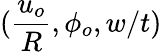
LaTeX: (\frac{u_{o}}{R},\phi_{o},w/t)